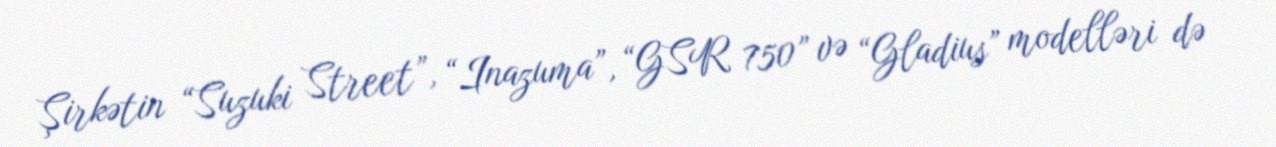
Şirkətin “Suzuki Street”, “Inazuma”, “GSR 750” və “Gladius” modelləri də